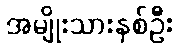
အမျိုးသားနှစ်ဦး